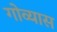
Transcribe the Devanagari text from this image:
गोव्यास